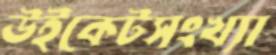
উইকেটসংখ্যা